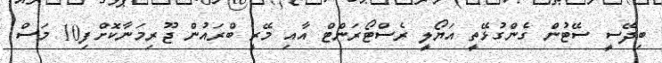
ބިދޭސީ ސޭޓުން ގެންގުޅޭތީ އަޔޯލީ ރެސްޓޯރަންޓް އާއި މޭރީ ބްރައުން ޖޫރިމަނާކޮށްފި10 މަސް